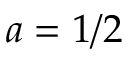
a = 1 / 2